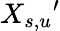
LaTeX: X_{s,u}{}^{\prime}